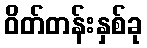
ဝိတ်တန်းနှစ်ခု